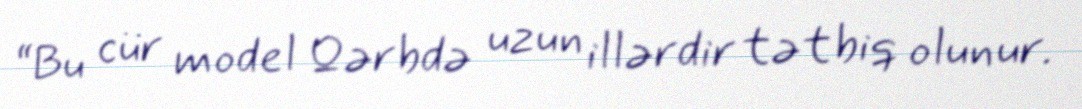
“Bu cür model Qərbdə uzun illərdir tətbiq olunur.